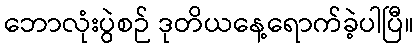
ဘောလုံးပွဲစဉ် ဒုတိယနေ့ရောက်ခဲ့ပါပြီ။